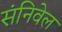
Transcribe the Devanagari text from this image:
संनिवेल